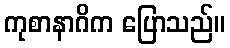
ကုစာနာဂိက ပြောသည်။